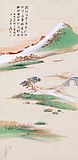
春酒香熟鲈鱼美，谁同醉？缆却扁舟篷底睡。